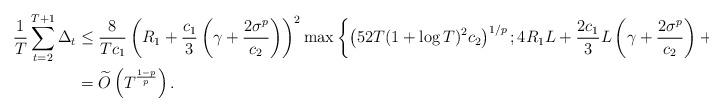
LaTeX: \begin{align*}\frac{1}{T}\sum_{t=2}^{T+1}\Delta_{t} & \le\frac{8}{Tc_{1}}\left(R_{1}+\frac{c_{1}}{3}\left(\gamma+\frac{2\sigma^{p}}{c_{2}}\right)\right)^{2}\max\left\{ \left(52T(1+\log T)^{2}c_{2}\right)^{1/p};4R_{1}L+\frac{2c_{1}}{3}L\left(\gamma+\frac{2\sigma^{p}}{c_{2}}\right)+2\nabla_{1};\frac{Lc_{1}}{6}\right\} \\ & =\widetilde{O}\left(T^{\frac{1-p}{p}}\right).\end{align*}